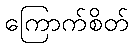
ကြောက်စိတ်